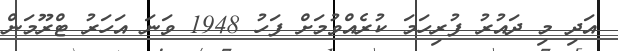
އަދި މި ދައުރު ފުރިހަމަ ކުރެއްވުމަށް ފަހު 1948 ވަނަ އަހަރު ޓްރޫމަން